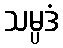
သမ္ပဒံ